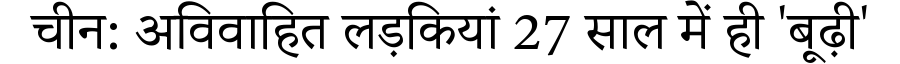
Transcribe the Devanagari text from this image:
चीन: अविवाहित लड़कियां 27 साल में ही 'बूढ़ी'